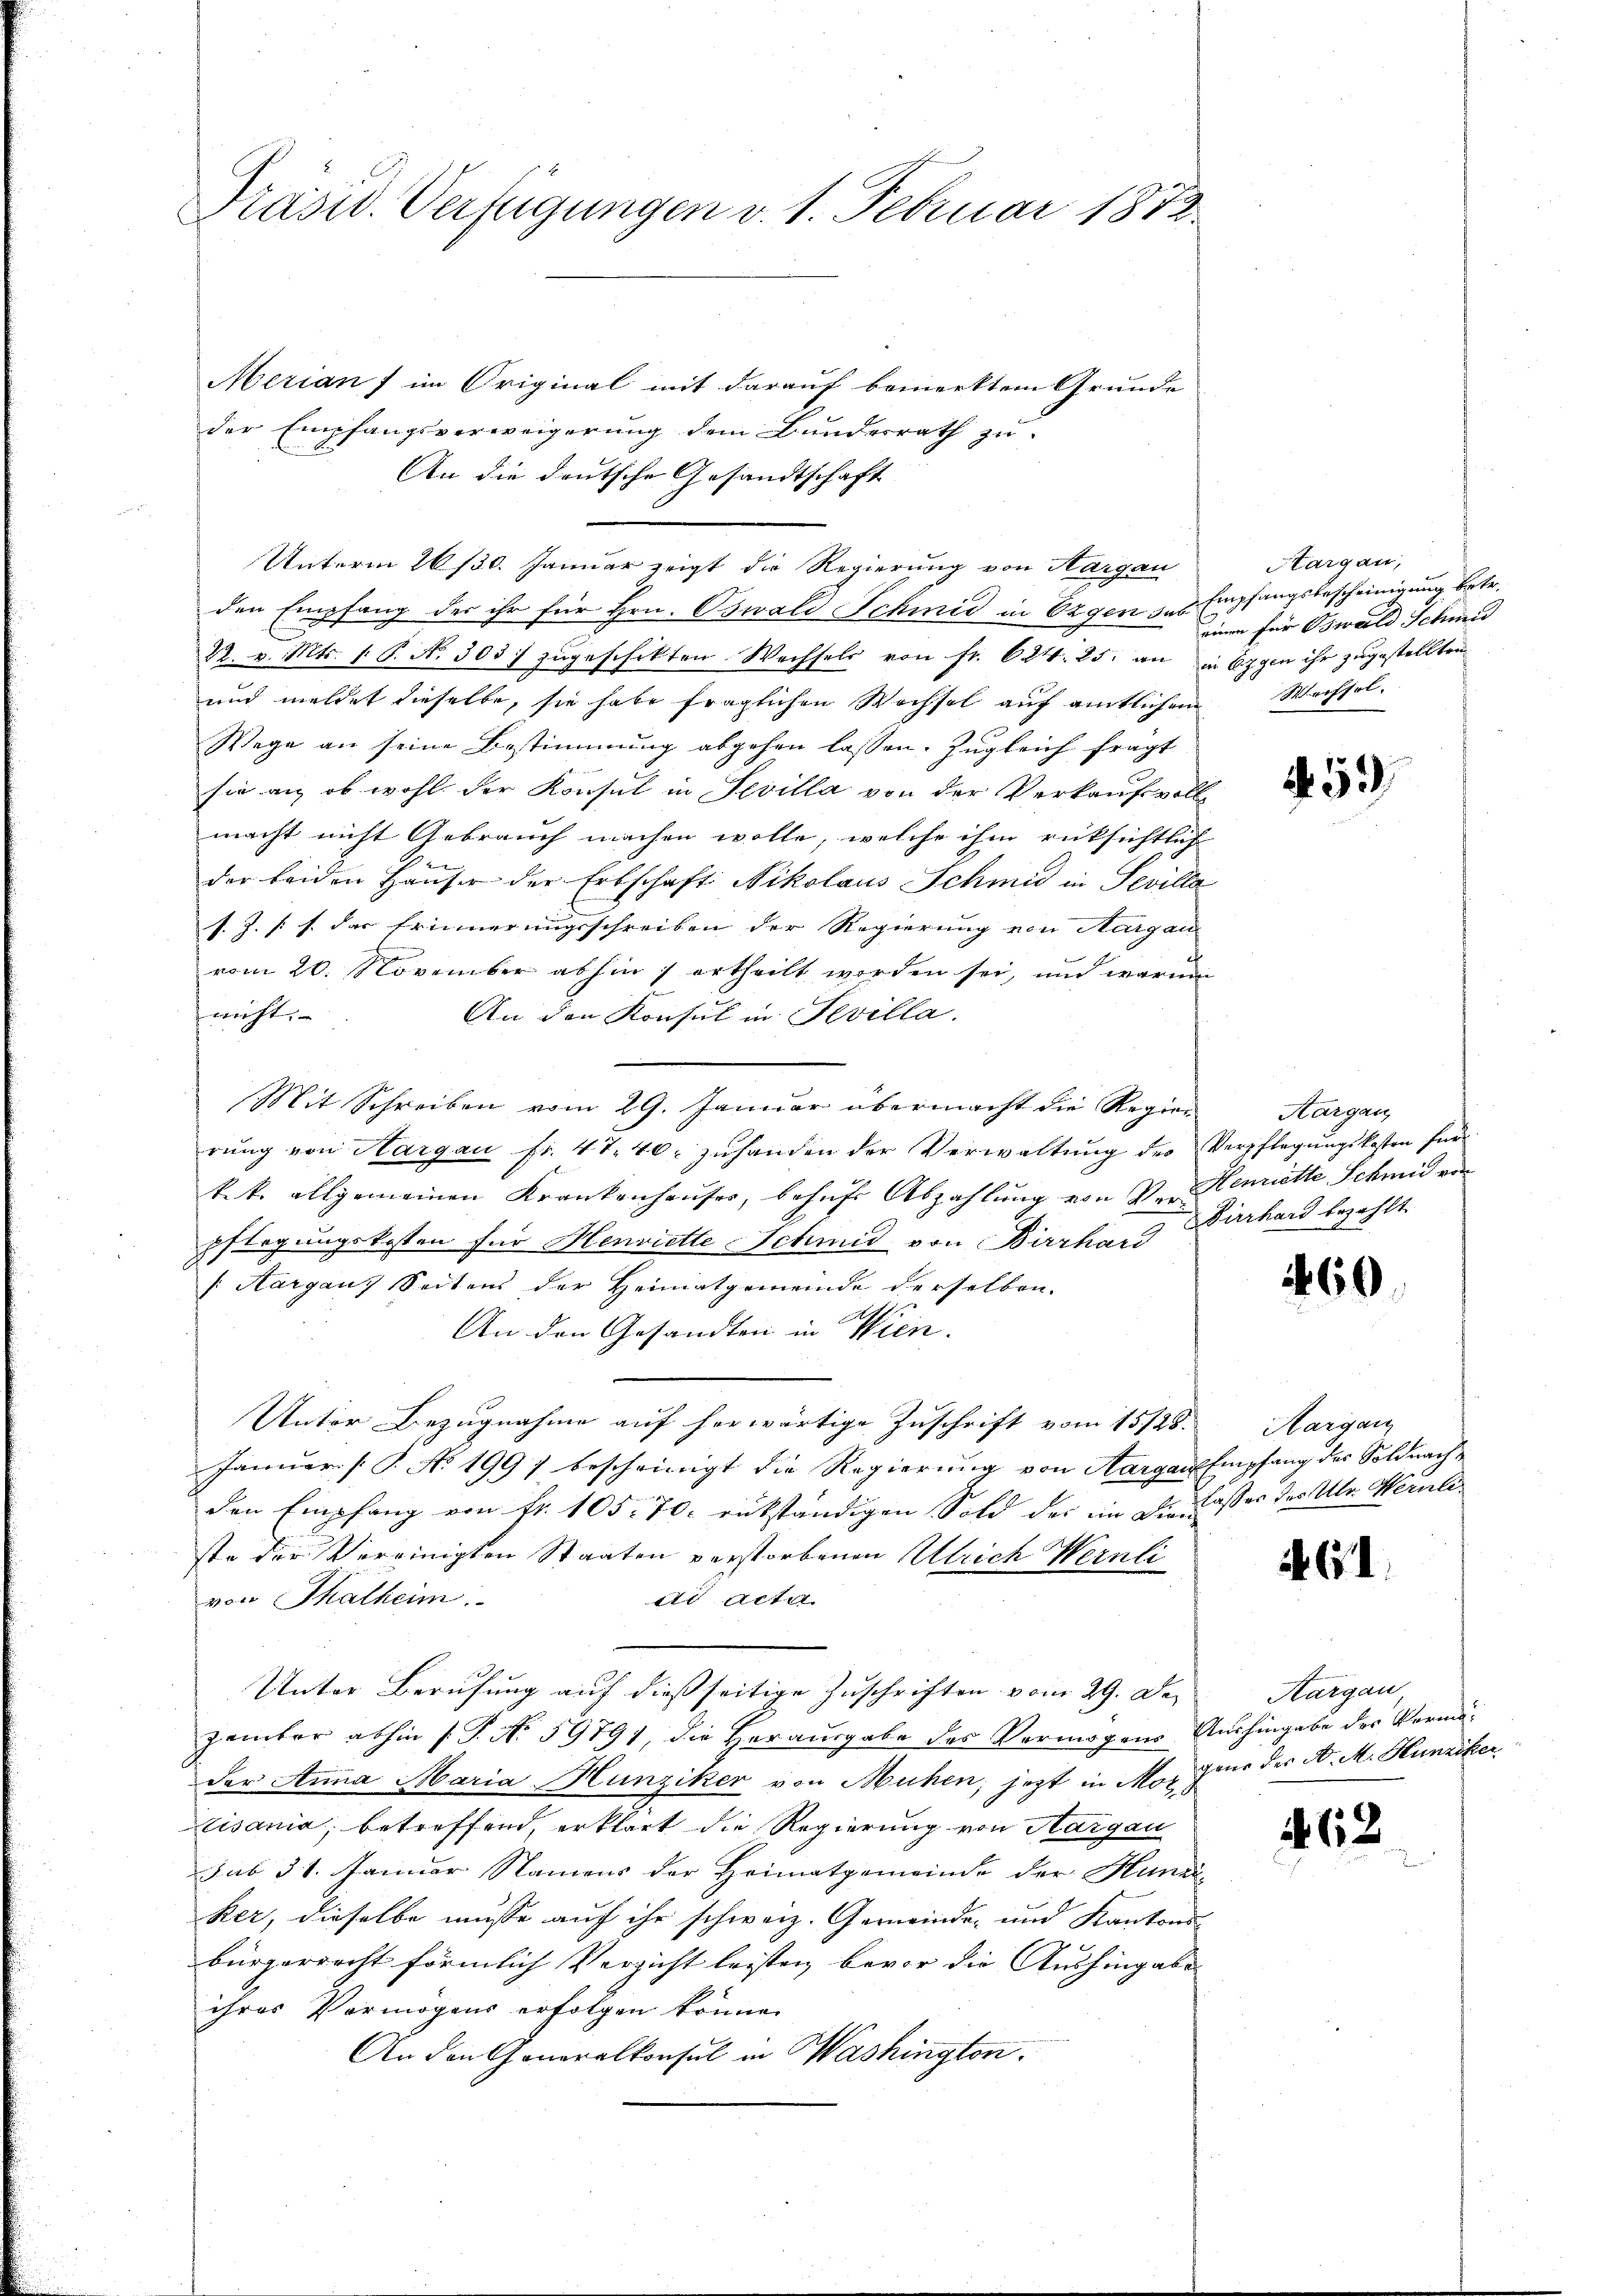
Präsid. Verfügungen v. 1. Februar 1872.

Merian, im Original mit darauf bemerktem Grunde
der Empfangsverweigerung dem Bundesrath zu
An die deutsche Gesandtschaft
Unterm 26/30. Januar zeigt die Regierung von Aargau
den Empfang der ihr für Hrn. Oswald Schmid in Ergen zu Empfangsbescheinigung betr.
22. v. Mts. 1. P. N. 303. zugeschikten Wechsels von fr. 624. 25. an in Ergen ihr zugestellten
und meldet dieselbe, sie habe fraglichen Wechsel auf amtlichem Wechsel-
Wege an seine Bestimmung abgehen lassen. Zugleich fragt
sie an, ob wohl der Konsul in Sevilla von der Verkaufsvoll-
macht nicht Gebrauch machen wolle, welche ihm rücksichtlich
der beiden Hauser der Erbschaft Nikolaus Schmid in Sevilla
s. J. [s. das Erinnerungsschreiben der Regierung von Aargau
vom 20. November abhin) ertheilt worden sei, und warum
nicht. |
An den Konsul in Fevilla.
Mit Schreiben vom 29. Januar übermacht die Regier
rŭng von Hargau fr. 47. 40. zŭ handen der Verwaltŭng des Verpflegŭngskosten für
k. k. allgemeinen Krankenhaŭser, behŭfs Abzahlŭng von Von Henriette Schmid von
pflegungskosten für Henriette Schmid von Birrhard
(Aargau, Seitens der Heimatgemeinde derselben.
An den Gesandten in Wien.
Unter Bezugnahme auf herwärtige Zuschrift vom 15128.
Januar. (T. No 1997 bescheinigt die Regierung von Aargau empfang des Soldnachden Empfang von fr. 105. 70. rükständigen Sold der im Die Casses des Ulr. Heruliste der Vereinigten Staaten verstorbenen Ulrich Wernli
von Thalheim.
dd Acta
Unter Berufung auf dießseitige Zuschriften vom 29. Dez
zämter abhin (T. No 59791, die Herausgabe des Vermögens Aushingabe des Vermöder Anna Maria Hunziker von Mühen, jetzt in Mos für der N. M. Hunziker
tisania, betreffend, erklärt die Regierung von Aargau
sub 31. Januar Namens der Heimatgemeinde der Hunde
ker, dieselbe müsse auch ihr schweiz. Gemeinde- und Kantons
bürgerrecht förmlich Verzicht leisten bevor die Aushingabe
ihres Vermögens erfolgen könne.
An den Generalkonsul in Washington.

Sargau,
einen für Oswald Schru

452

Aargau
Dirrhard bezahlt

60

Margau

G1.

Aargau

62